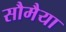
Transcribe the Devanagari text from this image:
सौमैया